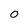
Character: 0